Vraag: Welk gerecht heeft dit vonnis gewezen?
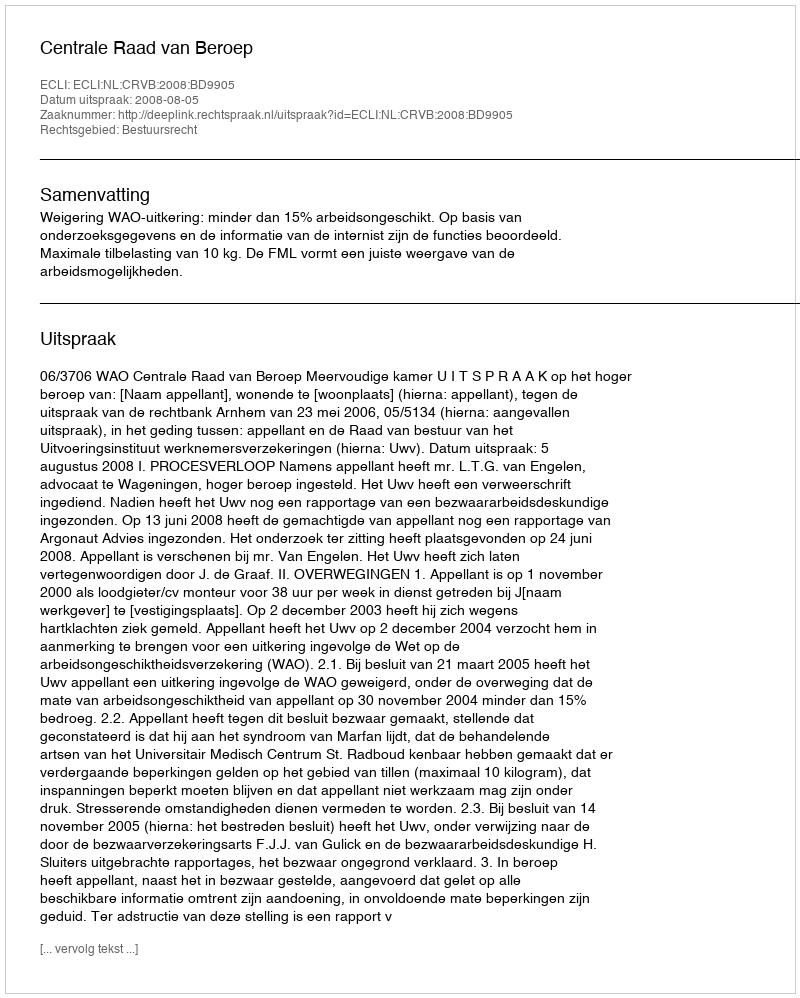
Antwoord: Centrale Raad van Beroep